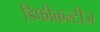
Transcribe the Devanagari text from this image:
डिफीकल्टीज